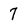
Character: 7